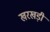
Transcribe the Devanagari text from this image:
खरखड़ी